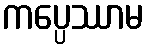
ကပ္ပေဿာမ